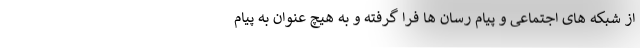
از شبکه های اجتماعی و پیام رسان ها فرا گرفته و به هیچ عنوان به پیام